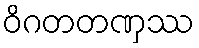
ဝိဂတတဏှဿ